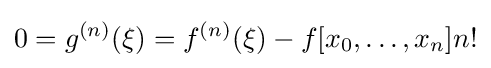
0=g^{(n)}(\xi )=f^{(n)}(\xi )-f[x_{0},\dots ,x_{n}]n!